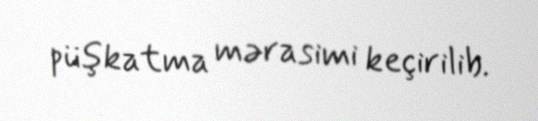
püşkatma mərasimi keçirilib.